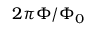
2 \pi \Phi / \Phi _ { 0 }